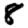
Digit: 8